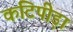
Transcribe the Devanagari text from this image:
कटिपीड़ा